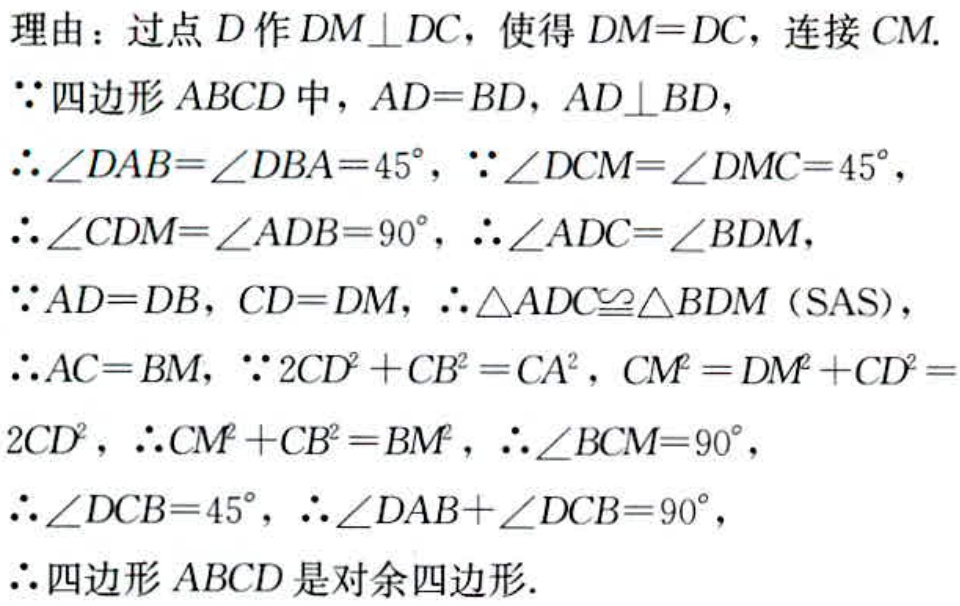
理由：过点\(D\)作\(DM\perp DC\)，使得\(DM = DC\)，连接\(CM\).
\(\because\)四边形\(ABCD\)中，\(AD = BD\)，\(AD\perp BD\)，
\(\therefore\angle DAB=\angle DBA = 45^{\circ}\)，\(\because\angle DCM=\angle DMC = 45^{\circ}\)，
\(\therefore\angle CDM=\angle ADB = 90^{\circ}\)，\(\therefore\angle ADC=\angle BDM\)，
\(\because AD = DB\)，\(CD = DM\)，\(\therefore\triangle ADC\cong\triangle BDM\)（SAS），
\(\therefore AC = BM\)，\(\because 2CD^{2}+CB^{2}=CA^{2}\)，\(CM^{2}=DM^{2}+CD^{2}=2CD^{2}\)，\(\therefore CM^{2}+CB^{2}=BM^{2}\)，\(\therefore\angle BCM = 90^{\circ}\)，
\(\therefore\angle DCB = 45^{\circ}\)，\(\therefore\angle DAB+\angle DCB = 90^{\circ}\)，
\(\therefore\)四边形\(ABCD\)是对余四边形.